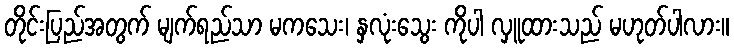
တိုင်းပြည်အတွက် မျက်ရည်သာ မကသေး၊ နှလုံးသွေး ကိုပါ လှူထားသည် မဟုတ်ပါလား။